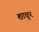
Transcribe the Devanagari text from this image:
शाकूर